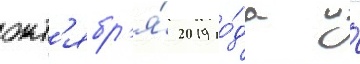
окт'ябр'я́ 2019 го́да и́